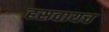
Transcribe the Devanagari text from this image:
हसवायच